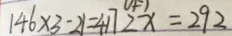
1 4 6 \times 3 - 2 1 = 4 1 7 2 x = 2 9 2